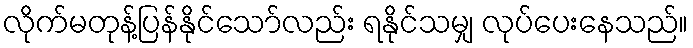
လိုက်မတုန့်ပြန်နိုင်သော်လည်း ရနိုင်သမျှ လုပ်ပေးနေသည်။